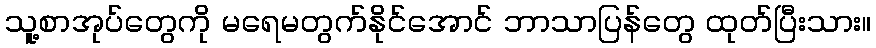
သူ့စာအုပ်တွေကို မရေမတွက်နိုင်အောင် ဘာသာပြန်တွေ ထုတ်ပြီးသား။